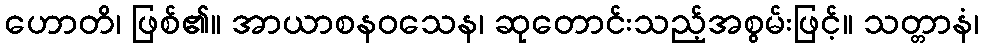
ဟောတိ၊ ဖြစ်၏။ အာယာစနဝသေန၊ ဆုတောင်းသည့်အစွမ်းဖြင့်။ သတ္တာနံ၊